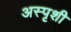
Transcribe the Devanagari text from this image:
अस्पृशी